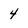
Character: 4